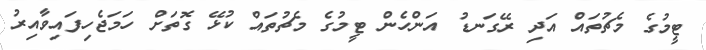
ޓީމުގެ މެޗުތައް އަދި ރޭގަނޑު އަންހެން ޓީމުގެ މެޗުތައް ކުޅޭ ގޮތަށް ހަމަޖެހިފައިވާއިރު